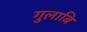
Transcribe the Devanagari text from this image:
गुलाबि